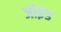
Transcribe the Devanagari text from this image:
जोइंड